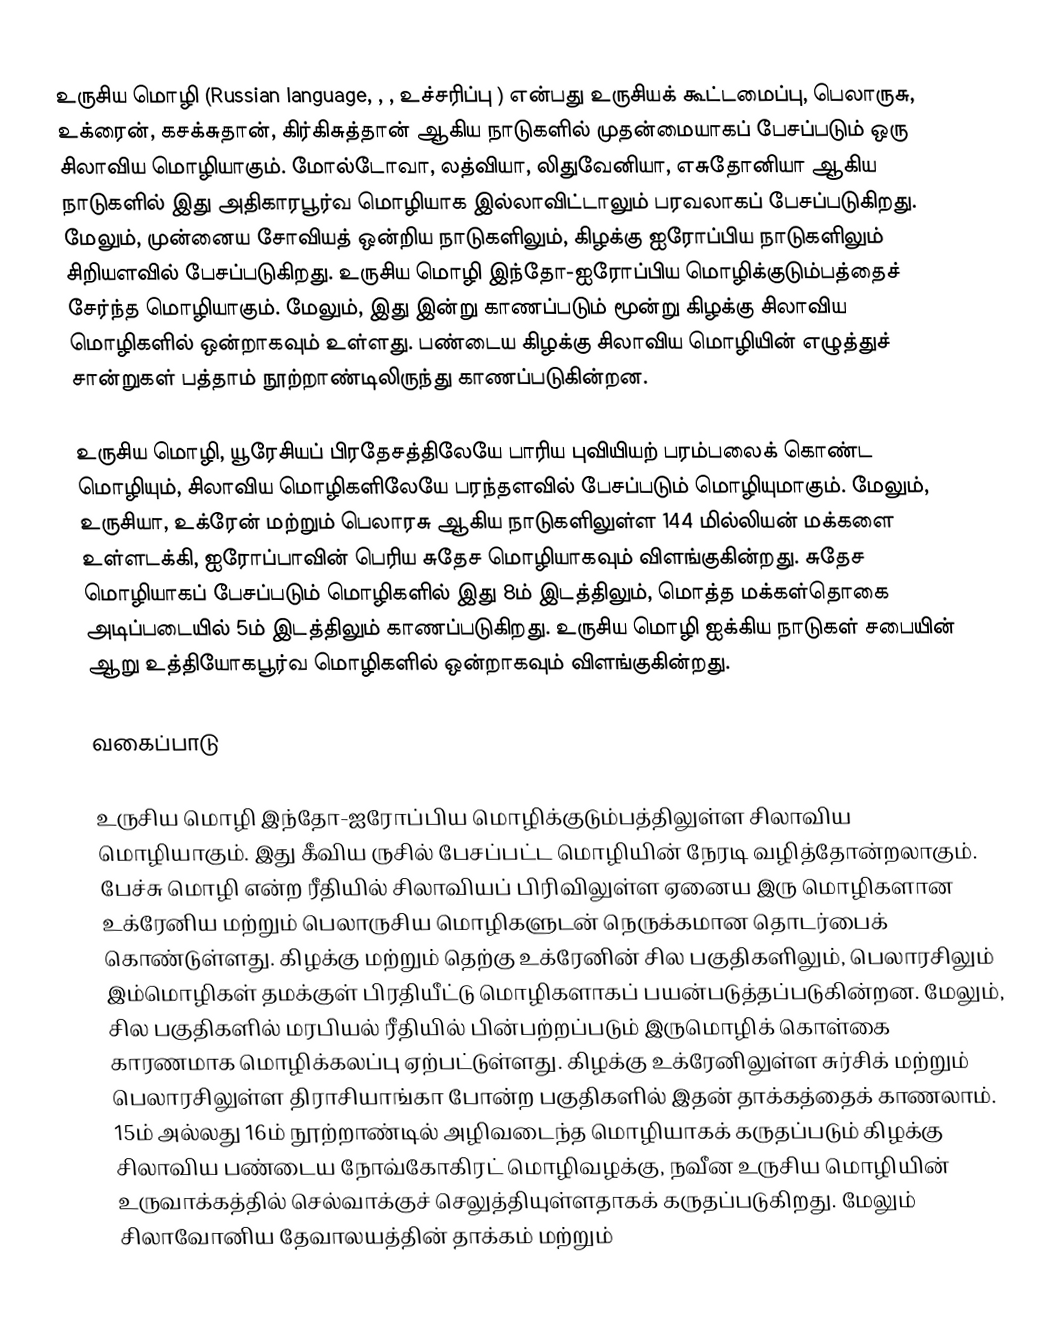
உருசிய மொழி (Russian language, , , உச்சரிப்பு ) என்பது உருசியக் கூட்டமைப்பு, பெலாருசு, உக்ரைன், கசக்சுதான், கிர்கிசுத்தான் ஆகிய நாடுகளில் முதன்மையாகப் பேசப்படும் ஒரு சிலாவிய மொழியாகும். மோல்டோவா, லத்வியா, லிதுவேனியா, எசுதோனியா ஆகிய நாடுகளில் இது அதிகாரபூர்வ மொழியாக இல்லாவிட்டாலும் பரவலாகப் பேசப்படுகிறது. மேலும், முன்னைய சோவியத் ஒன்றிய நாடுகளிலும், கிழக்கு ஐரோப்பிய நாடுகளிலும் சிறியளவில் பேசப்படுகிறது. உருசிய மொழி இந்தோ-ஐரோப்பிய மொழிக்குடும்பத்தைச் சேர்ந்த மொழியாகும். மேலும், இது இன்று காணப்படும் மூன்று கிழக்கு சிலாவிய மொழிகளில் ஒன்றாகவும் உள்ளது. பண்டைய கிழக்கு சிலாவிய மொழியின் எழுத்துச் சான்றுகள் பத்தாம் நூற்றாண்டிலிருந்து காணப்படுகின்றன.

உருசிய மொழி, யூரேசியப் பிரதேசத்திலேயே பாரிய புவியியற் பரம்பலைக் கொண்ட மொழியும், சிலாவிய மொழிகளிலேயே பரந்தளவில் பேசப்படும் மொழியுமாகும். மேலும், உருசியா, உக்ரேன் மற்றும் பெலாரசு ஆகிய நாடுகளிலுள்ள 144 மில்லியன் மக்களை உள்ளடக்கி, ஐரோப்பாவின் பெரிய சுதேச மொழியாகவும் விளங்குகின்றது. சுதேச மொழியாகப் பேசப்படும் மொழிகளில் இது 8ம் இடத்திலும், மொத்த மக்கள்தொகை அடிப்படையில் 5ம் இடத்திலும் காணப்படுகிறது. உருசிய மொழி ஐக்கிய நாடுகள் சபையின் ஆறு உத்தியோகபூர்வ மொழிகளில் ஒன்றாகவும் விளங்குகின்றது.

வகைப்பாடு

உருசிய மொழி இந்தோ-ஐரோப்பிய மொழிக்குடும்பத்திலுள்ள சிலாவிய மொழியாகும். இது கீவிய ருசில் பேசப்பட்ட மொழியின் நேரடி வழித்தோன்றலாகும். பேச்சு மொழி என்ற ரீதியில் சிலாவியப் பிரிவிலுள்ள ஏனைய இரு மொழிகளான உக்ரேனிய மற்றும் பெலாருசிய மொழிகளுடன் நெருக்கமான தொடர்பைக் கொண்டுள்ளது. கிழக்கு மற்றும் தெற்கு உக்ரேனின் சில பகுதிகளிலும், பெலாரசிலும் இம்மொழிகள் தமக்குள் பிரதியீட்டு மொழிகளாகப் பயன்படுத்தப்படுகின்றன. மேலும், சில பகுதிகளில் மரபியல் ரீதியில் பின்பற்றப்படும் இருமொழிக் கொள்கை காரணமாக மொழிக்கலப்பு ஏற்பட்டுள்ளது. கிழக்கு உக்ரேனிலுள்ள சுர்சிக் மற்றும் பெலாரசிலுள்ள திராசியாங்கா போன்ற பகுதிகளில் இதன் தாக்கத்தைக் காணலாம். 15ம் அல்லது 16ம் நூற்றாண்டில் அழிவடைந்த மொழியாகக் கருதப்படும் கிழக்கு சிலாவிய பண்டைய நோவ்கோகிரட் மொழிவழக்கு, நவீன உருசிய மொழியின் உருவாக்கத்தில் செல்வாக்குச் செலுத்தியுள்ளதாகக் கருதப்படுகிறது. மேலும் சிலாவோனிய தேவாலயத்தின் தாக்கம் மற்றும்